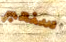
سنعبر